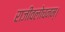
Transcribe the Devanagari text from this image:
राजीवलोचनम्‌।